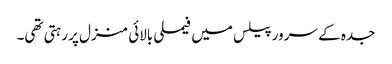
جدہ کے سرور پیلس میں فیملی بالائی منزل پر رہتی تھی۔